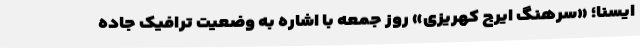
ایسنا؛ «سرهنگ ایرج کهریزی» روز جمعه با اشاره به وضعیت ترافیک جاده